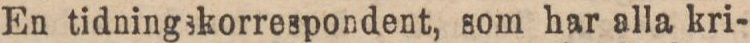
En tidningskorrespondent, som har alla kri-